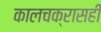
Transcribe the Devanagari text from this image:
कालचक्रासही